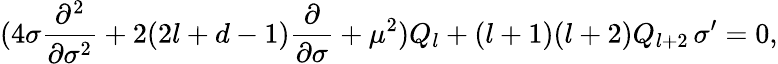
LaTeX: (4\sigma\frac{\partial^{2}}{\partial\sigma^{2}}+2(2l+d-1)\frac{\partial}{\partial\sigma}+\mu^{2})Q_{l}+(l+1)(l+2)Q_{l+2}\, \sigma^{\prime}=0,